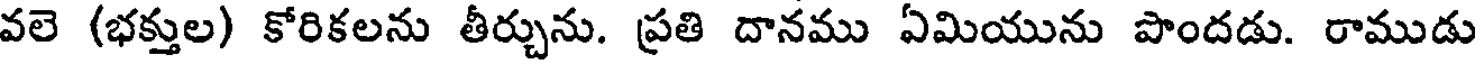
వలె (భక్తుల) కోరికలను తీర్చును. ప్రతి దానము ఏమియును పొందడు. రాముడు